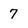
Character: 7